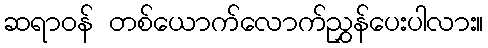
ဆရာဝန် တစ်ယောက်လောက်ညွှန်ပေးပါလား။